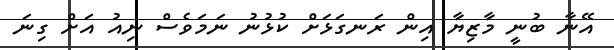
އޭނާ ބުނީ މާޒިޔާ އިން ރަނގަޅަށް ކުޅުނު ނަމަވެސް ނިއު އަށް ގިނަ